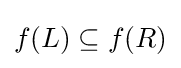
f(L)\subseteq f(R)